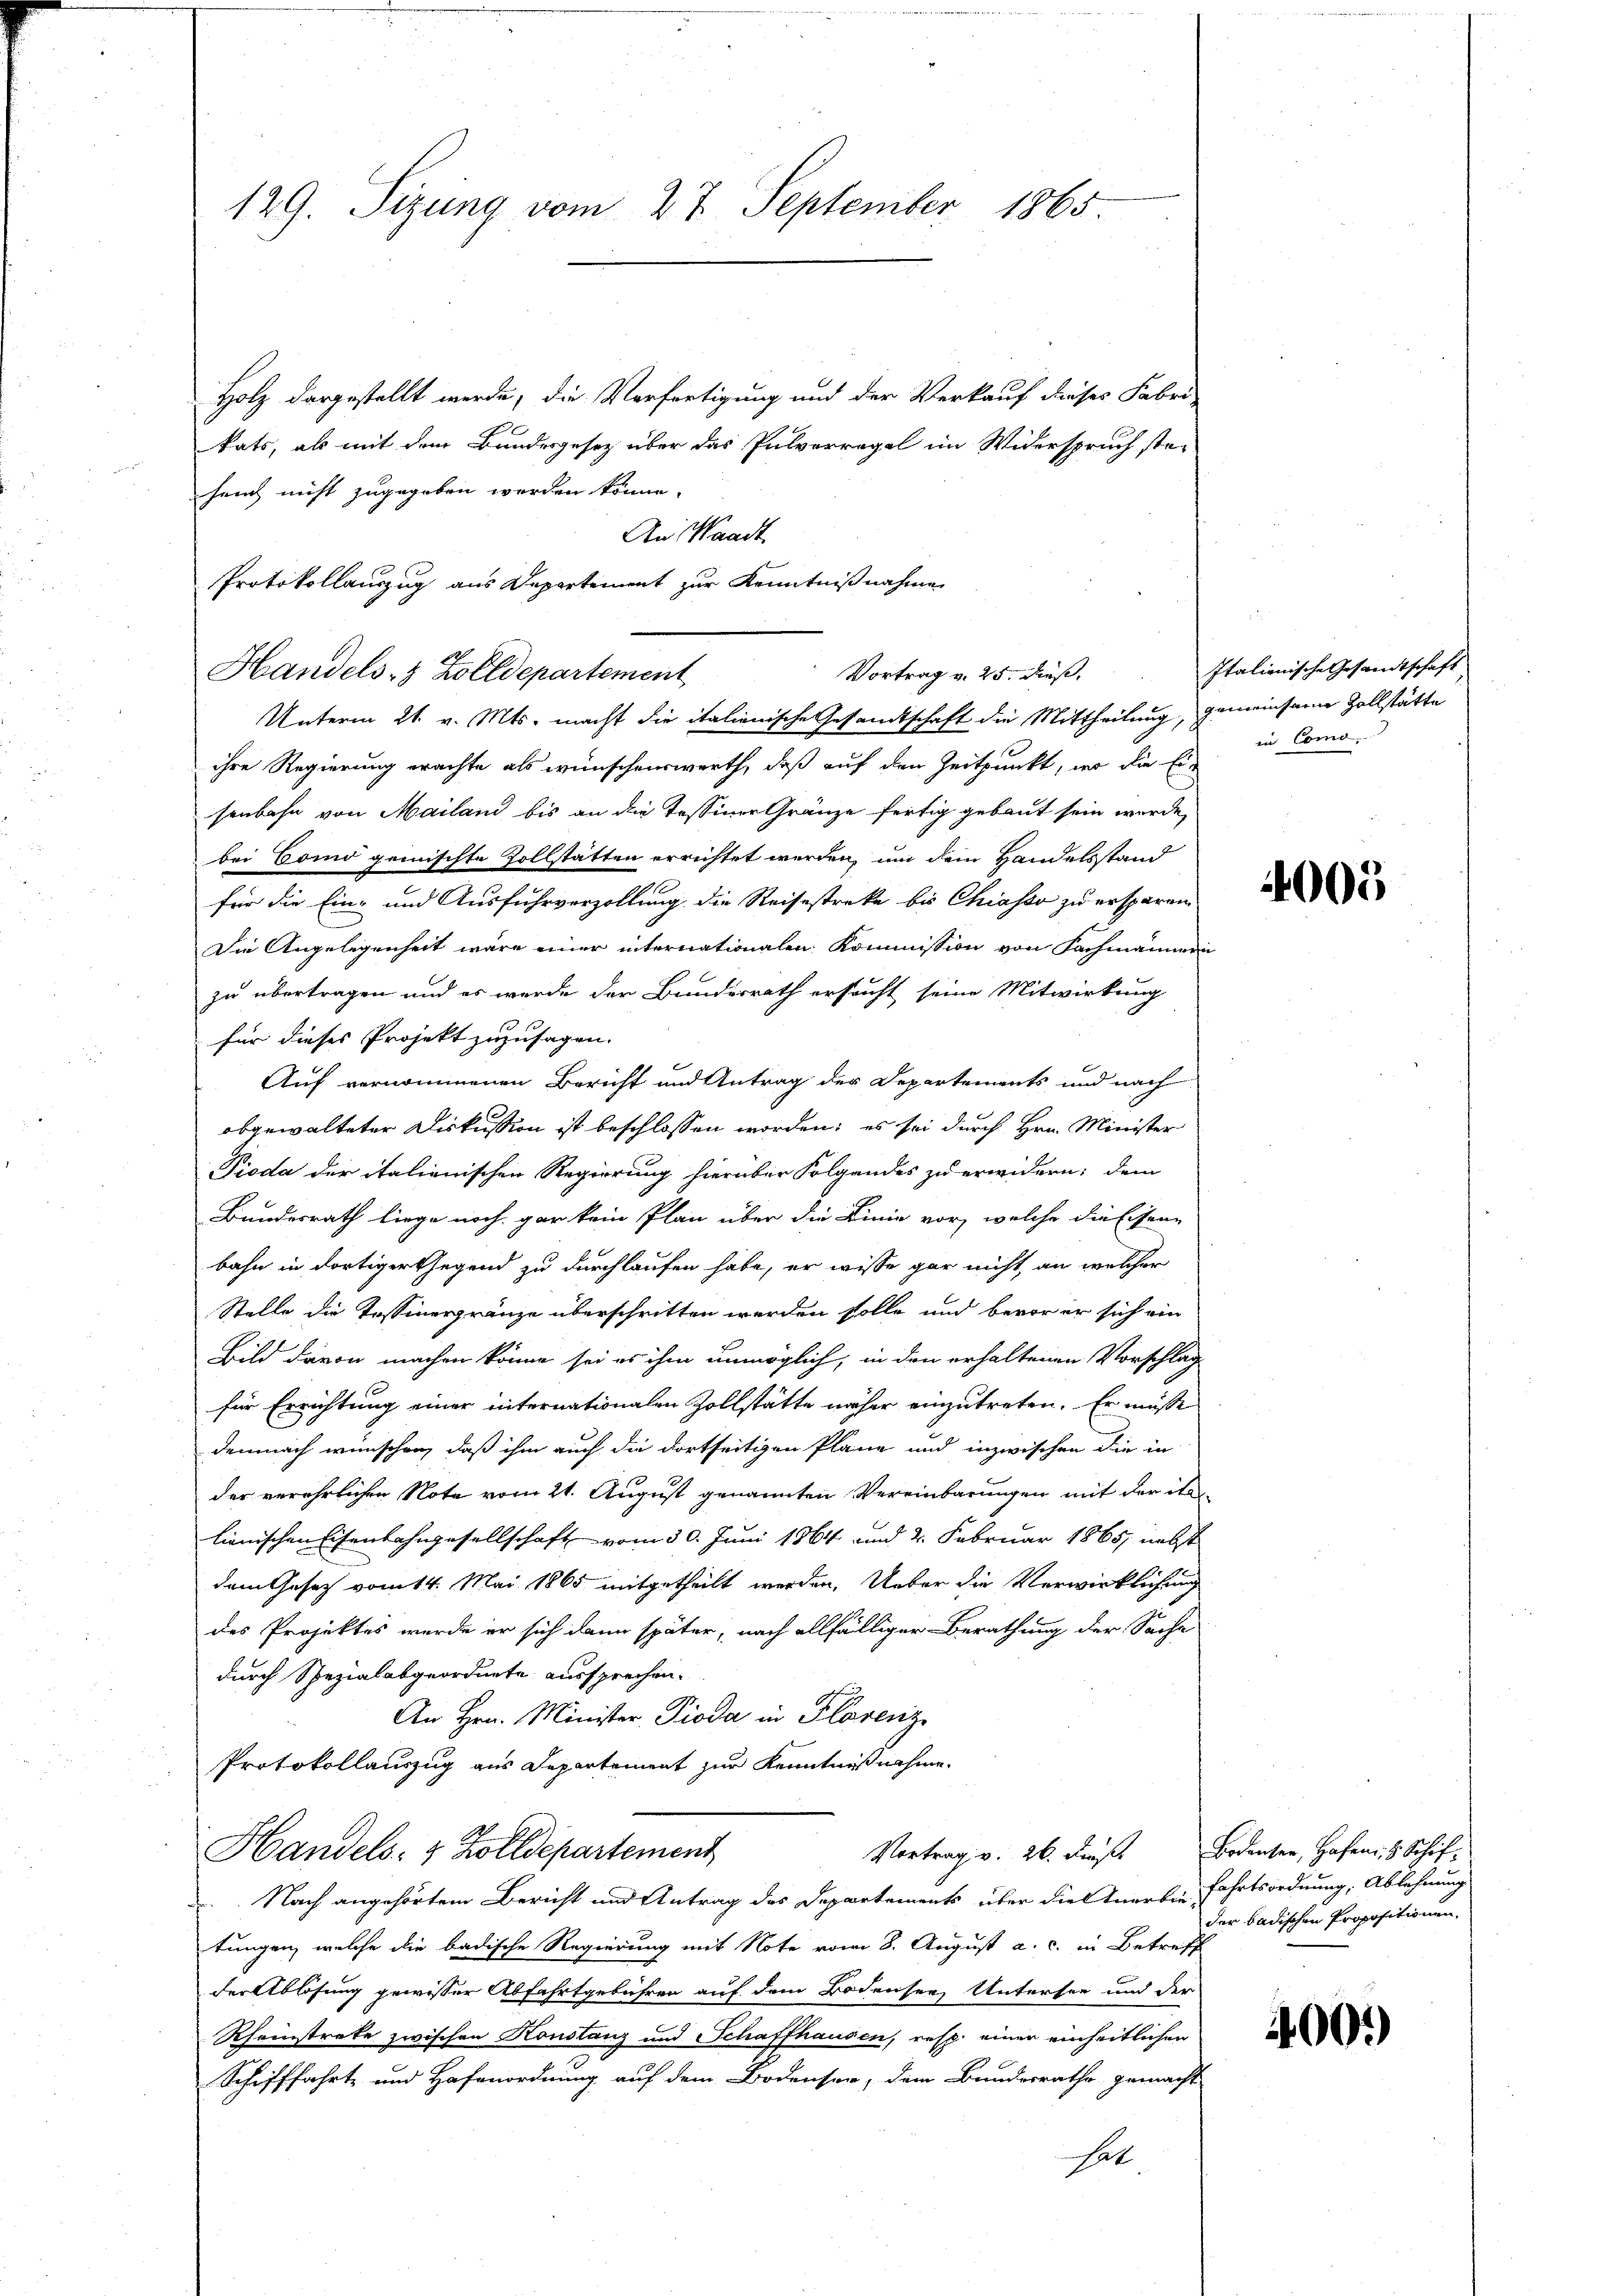
129. Sizung vom 27. September 1865.

Holz dargestellt werde, die Verfertigung und der Verkauf dieses Fabri-
kats, als mit dem Bundesgesetz über das Pulverregel im Widerspruch ste-
heit nicht zugegeben werden könne.
An Waadt
Protokollauszug aus Departement zur Kenntnißnahme
Unterm 21. v. Mts. macht die italienische Gesandtschaft die Mittheilung, gemeinsame Zollstätte
ihre Regierung erachte als wünschenswerth, daß auf den Zeitpunkt, wo die Ein
senbahn von Mailand bis an die Tessiner Gränze fertig gebaut sein werde,
bei Como gemischte Zollstätten errichtet werden, um dem Handelsstand
für die Ein- und Ausfuhrverzollung die Reisestreke bis Chiasso zu ersparen.
Die Angelegenheit wäre einer internationalen Kommission von Fachmannern
zu übertragen und es werde der Bundesrath ersucht seine Mitwirkung
für dieses Projekt zuzusagen. |
Auf vernommenen Bericht und Antrag der Departements und nach
abgewalteter Diskussion ist beschlossen worden; es sei durch Hrn. Minister
Pioda der italienischen Regierung hierüber Folgendes zu erwidern; dem
Bundesrath liege noch gar kein Plan über die Linie vor, welche die Eisenbahn in dortiger Gegend zu durchlaufen habe, er wisse gar nicht, an welcher
Stelle die Tessinergränze überschritten werden solle und bevor er sich ein
Bild davon machen könne sei es ihm unmöglich, in den erhaltenen Vorschlag
für Errichtung einer internationalen Zollstätte näher einzutreten. Er müsse
demnach wünschen, daß ihm auch die dortseitigen Pläne und inzwischen die in
der verehrlichen Note vom 21. August genannten Vereinbarungen mit der ihn
lienischen Eisenbahngesellschaft vom 30. Juni 1864 und 2. Februar 1865, nebst
dem Gesetz vom 14. Mai 1865 mitgetheilt werden. Ueber die Verwirklichung
des Projektes wurde er sich dann später, nach allfälliger Berathung der Sache
durch Spezialabgeordnete aussprechen.
An Hrn. Minister Pioda in Florenz
Protokollauszug aus Departement zur Kenntnißnahme
Vortrag v. 26. Fuß Bodenser, Hafen, 8 Schif¬
Handels- & Zolldepartement
Nach angehörtem Bericht und Antrag des Departements über die Anerbie Fahrtsordnung, Ablehnung
tungen, welche die badische Regierung mit Note vom 8. August a. c. in Betreff
der Ablösung gewisser Abfahrtgebühren auf dem Bodensee, Untersee und der
Rheinstreke zwischen Konstanz und Schaffhausen, resp. einer einheitlichen
Schifffahrt und Hafenordnung auf dem Bodenser, dem Bundesrathe gemacht
hat

Handels- & Zolldepartement

Vortrag v. 25. Fuß.

Italienische Gesandtschaft,
in Como.

4000

der badischen Propositionen.

4001)